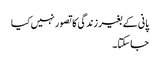
پانی کے بغیر زندگی کا تصور نہیں کیا
جاسکتا ۔